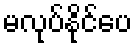
မလုပ်နိုင်ပေ